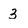
Character: 3